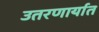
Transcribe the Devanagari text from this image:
उतरणार्यात